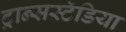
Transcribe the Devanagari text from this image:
ट्रान्सस्टॅडिया